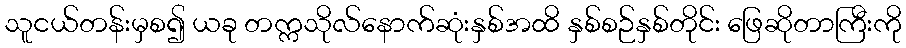
သူငယ်တန်းမှစ၍ ယခု တက္ကသိုလ်နောက်ဆုံးနှစ်အထိ နှစ်စဉ်နှစ်တိုင်း ဖြေဆိုတာကြီးကို